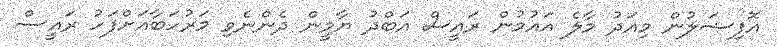
އޮފިޝަލުން މިއަދު މާލެ އައުމުން ރައީސް އަބްދު ޔާމީން ދެންނެވި މަރުހަބާއަށްފަހު ރައީސް